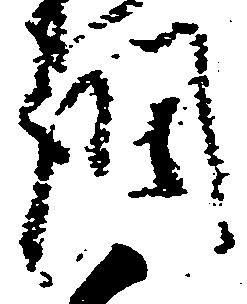
調